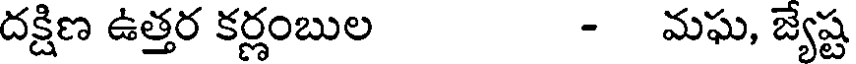
దక్షిణ ఉత్తర కర్ణంబుల - మఘ, జ్యేష్ట